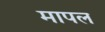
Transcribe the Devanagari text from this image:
मापल